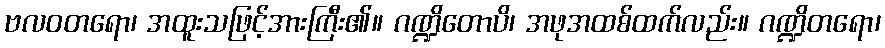
ဗလဝတရော၊ အထူးသဖြင့်အားကြီး၏။ ဂဏ္ဍိတောပိ၊ အဖုအထစ်ထက်လည်း။ ဂဏ္ဍိတရော၊